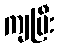
ကျပြီး